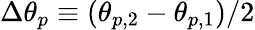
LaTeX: \Delta\theta_{p}\equiv(\theta_{p,2}-\theta_{p,1})/2